Indian journal of veterinary science and animal husbandry - Volumes 15-17, 1948-1951
Year: 1948
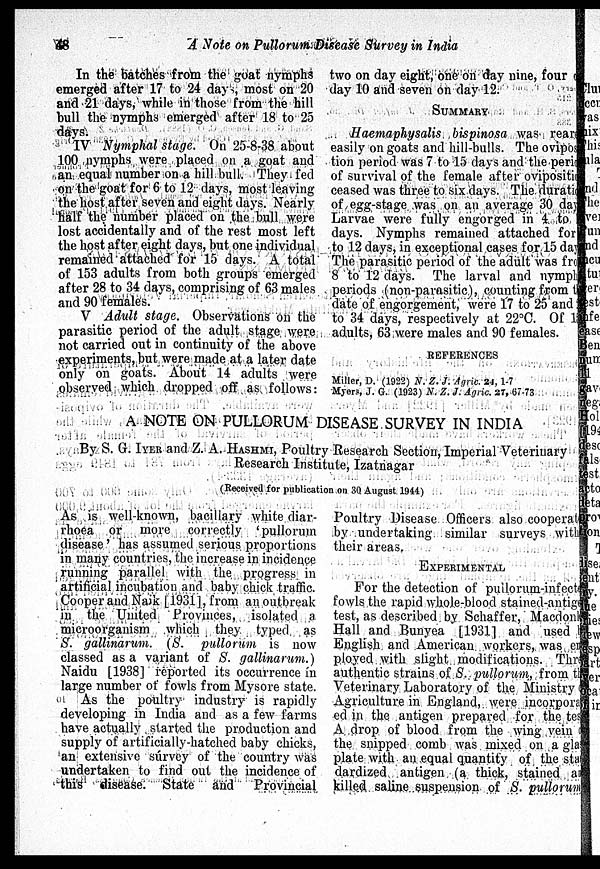
48
A Note on Pullorum Disease Survey in India
In the batches from the goat nymphs
emerged after 17 to 24 day , most on 20
and 21 days, while in those from the hill
bull the nymphs emerged after 18 to 25
days.
IV Nymphal stage. On 25-8-38 about
100 nymphs were placed on a goat and
an equal number on a hill bull. They fed
on the goat for 6 to 12 days, most leaving
the host after seven and eight days. Nearly
half the number placed on the bull were
lost accidentally and of the rest most left
the host after eight days, but one individual
remained attached for 15 days. A total
of 153 adults from both groups emerged
after 28 to 34 days, comprising of 63 males
and 90 females.
V Adult stage. Observations on the
parasitic period of the adult stage were
not carried out in continuity of the above
experiments, but were made at a later date
only on goats. About 14 adults were
observed which dropped off as follows:
two on day eight, one on day nine, four on
day 10 and seven on day 12.
SUMMARY
Haemaphysalis bispinosa was reare
easily on goats and hill-bulls. The oviposi
tion period was 7 to 15 days and the perid
of survival of the female after oviposition
ceased was three to six days. The duration
of egg-stage was on an average 30 day
Larvae were fully engorged in 4 to
days. Nymphs remained attached for
to 12 days, in exceptional cases for 15 day
The parasitic period of the adult was from
8 to 12 days. The larval and nymph
periods (non-parasitic), counting from the
date of engorgement, were 17 to 25 and
to 34 days, respectively at 22°C. Of 15
adults, 63 were males and 90 females.
REFERENCES
Miller, D. (1922) N. Z. J. Agric. 24,1-7
Myers, J. G. (1923) N. Z. J. Agric. 27, 67-73
A NOTE ON PULLORUM DISEASE SURVEY IN INDIA
By S. G. IYER and Z. A. HASHMI, Poultry Research Section, Imperial Veterinary
Research Institute, Izatnagar
(Received for publication on 30 August. 1944)
As is well-known, bacillary white diar-
rhoea or more correctly 'pullorum
disease' has assumed serious proportions
in many countries, the increase in incidence
running parallel with the progress in
artificial incubation and baby chick traffic.
Cooper and Naik [1931], from an outbreak
in the United Provinces, isolated a
microorganism which they typed as
S. gallinarum. (S. pullorum is now
classed as a variant of S. gallinarum.)
Naidu [1938] reported its occurrence in
large number of fowls from Mysore state.
As the poultry industry is rapidly
developing in India and as a few farms
have actually started the production and
supply of artificially-hatched baby chicks,
an extensive súrvey of the country was
undertaken to find out the incidence of
this disease. State and Provincial
Poultry Disease Officers also cooperate
by undertaking similar surveys within
their areas.
EXPERIMENTAL
For the detection of pullorum-infecte
fowls the rapid whole-blood stained-antige
test, as described by Schaffer, Macdonld
Hall and Bunyea [1931] and used be
English and American workers, was em
ployed with slight modifications. Thre
authentic strains of S. pullorum, from the
Veterinary Laboratory of the Ministry of
Agriculture in England, were incorpora
ed in the antigen prepared for the test
A drop of blood from the wing vein
the snipped comb was mixed on a glas
plate with an equal quantity of the stan
dardized antigen (a thick, stained an
killed saline suspension of S. pullorum